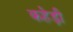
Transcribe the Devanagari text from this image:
कहेड़ी